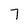
Character: 7